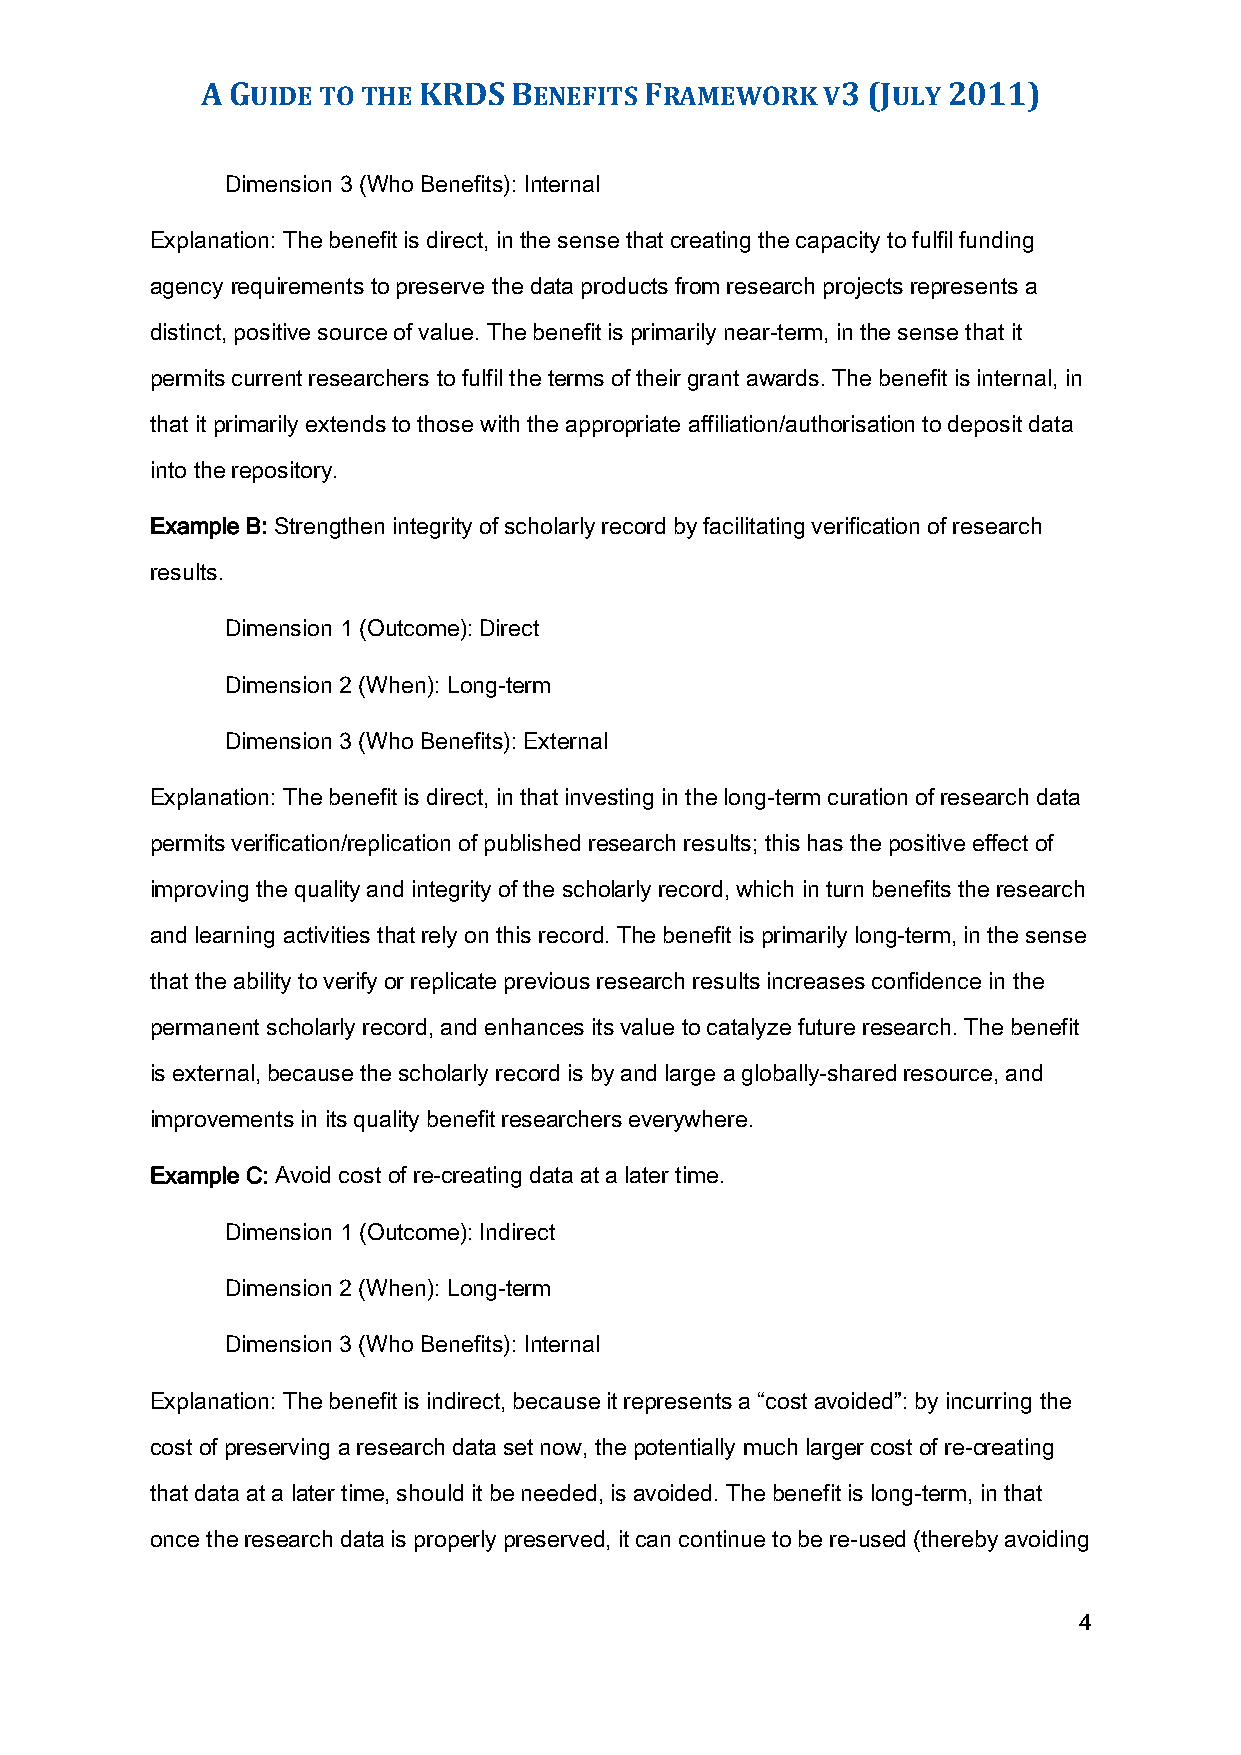
A GUIDE TO THE KRDS  BENEFITS FRAMEWORK  V3 (JULY 2011)
 Dimension 3 (Who Benefits): Internal
 Explanation: The benefit is direct, in the sense that creating the capacity to fulfil funding
 agency requirements to preserve the data products from research projects represents a
 distinct, positive source of value. The benefit is primarily near-term, in the sense that it
 permits current researchers to fulfil the terms of their grant awards. The benefit is internal, in
 that it primarily extends to those with the appropriate affiliation/authorisation to deposit data
 into the repository.
 Example B: Strengthen integrity of scholarly record by facilitating verification of research
 results.
 Dimension 1 (Outcome): Direct
 Dimension 2 (When): Long-term
 Dimension 3 (Who Benefits): External
 Explanation: The benefit is direct, in that investing in the long-term curation of research data
 permits verification/replication of published research results; this has the positive effect of
 improving the quality and integrity of the scholarly record, which in turn benefits the research
 and learning activities that rely on this record. The benefit is primarily long-term, in the sense
 that the ability to verify or replicate previous research results increases confidence in the
 permanent scholarly record, and enhances its value to catalyze future research. The benefit
 is external, because the scholarly record is by and large a globally-shared resource, and
 improvements in its quality benefit researchers everywhere.
 Example C: Avoid cost of re-creating data at a later time.
 Dimension 1 (Outcome): Indirect
 Dimension 2 (When): Long-term
 Dimension 3 (Who Benefits): Internal
 Explanation: The benefit is indirect, because it represents a “cost avoided”: by incurring the
 cost of preserving a research data set now, the potentially much larger cost of re-creating
 that data at a later time, should it be needed, is avoided. The benefit is long-term, in that
 once the research data is properly preserved, it can continue to be re-used (thereby avoiding
 4